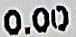
0.00